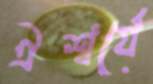
ঐশ্বর্যে